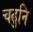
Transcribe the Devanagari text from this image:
चढुनि